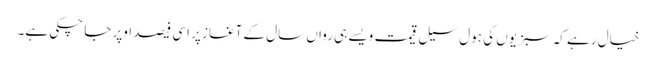
خیال رہے کہ سبزیوں کی ہول سیل قیمت ویسے ہی رواں سال کے آغاز پر اسی فیصد اوپر جا چکی ہے۔